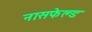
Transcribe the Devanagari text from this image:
नासफेल्ड